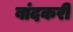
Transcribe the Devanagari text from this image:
बांदकरी